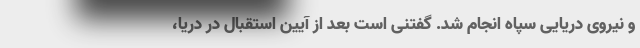
و نیروی دریایی سپاه انجام شد. گفتنی است بعد از آیین استقبال در دریا،